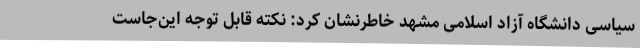
سیاسی دانشگاه آزاد اسلامی مشهد خاطرنشان کرد: نکته قابل توجه این‌جاست